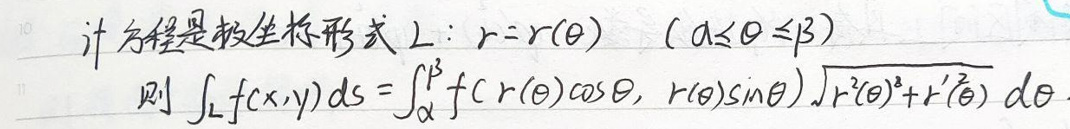
即方程是极坐标形式\(r = r(\theta)\ (\alpha\leqslant\theta\leqslant\beta)\)下，有
\[\int_{L}f(x,y)ds=\int_{\alpha}^{\beta}f(r(\theta)\cos\theta,r(\theta)\sin\theta)\sqrt{r^{2}(\theta)+r'^{2}(\theta)}d\theta.\]